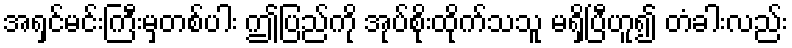
အရှင်မင်းကြီးမှတစ်ပါး ဤပြည်ကို အုပ်စိုးထိုက်သသူ မရှိပြီဟူ၍ တံခါးလည်း